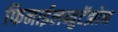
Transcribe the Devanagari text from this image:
फिनाईलब्युटॅझोन